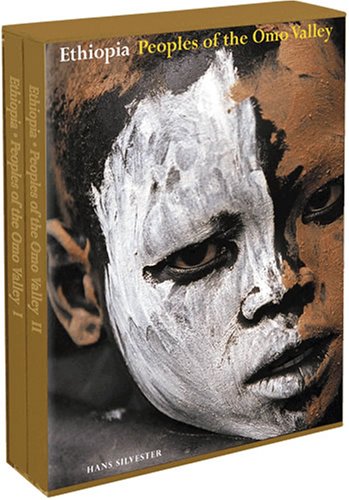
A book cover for Ethiopia: Peoples of the Omo Valley; Hans Silvester; History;